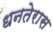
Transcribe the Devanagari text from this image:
धनतेरास